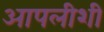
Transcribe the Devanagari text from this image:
आपलीशी